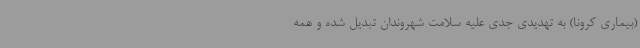
(بیماری کرونا) به تهدیدی جدی علیه سلامت شهروندان تبدیل شده و همه